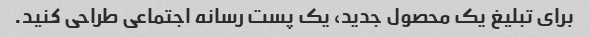
برای تبلیغ یک محصول جدید، یک پست رسانه اجتماعی طراحی کنید.